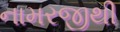
નામરજીથી